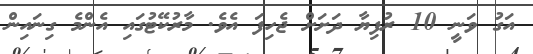
އަގު ވަނީ 10 ރުފިޔާ ދަށަށް ޖެހިފަ އެވެ. މާރުކޭޓުގައި އެންމެ ގިނައިން